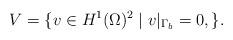
LaTeX: \begin{align*}V = \{ v \in H^1(\Omega)^2 \mid v|_{\Gamma_b} = 0, \}.\end{align*}